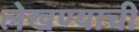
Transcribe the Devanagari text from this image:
लेखण्याची